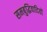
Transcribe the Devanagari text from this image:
समबुद्धिवादियों